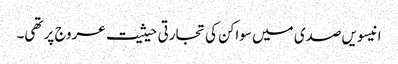
انیسویں صدی میں سواکن کی تجارتی حیثیت عروج پر تھی۔